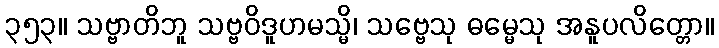
၃၅၃။ သဗ္ဗာတိဘူ သဗ္ဗဝိဒူဟမသ္မိ၊ သဗ္ဗေသု ဓမ္မေသု အနူပလိတ္တော။